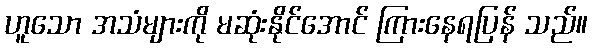
ဟူသော အသံများကို မဆုံးနိုင်အောင် ကြားနေရပြန် သည်။